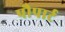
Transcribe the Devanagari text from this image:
पौपार्ट